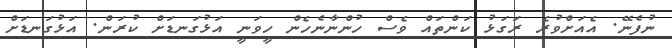
ނުފެނޭ. އެއަށްވުރެ ރަގަޅު ކަންތައް ވެސް ހުންނާނެހެން ހީވަނީ އަޅުގަނޑަށް ކުރަން. އަޅުގަނޑަށް